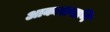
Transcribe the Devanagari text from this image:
आकाशवाणि